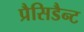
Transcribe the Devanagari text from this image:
प्रैसिडैन्ट